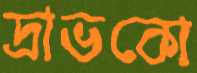
দ্রাভকো